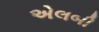
એલબી